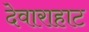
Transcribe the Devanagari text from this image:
देवाराहाट